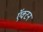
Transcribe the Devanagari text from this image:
ऍक्टन